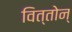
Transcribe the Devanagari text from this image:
वित्तोन्